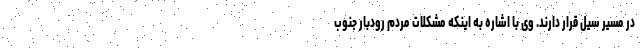
در مسیر سیل قرار دارند. وی با اشاره به اینکه مشکلات مردم رودبار جنوب